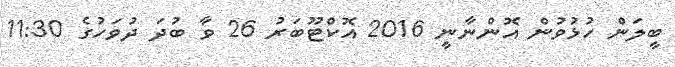
ބީލަން ހުޅުވުން އޮންނާނީ 2016 އޮކްޓޫބަރު 26 ވާ ބުދަ ދުވަހުގެ 11:30